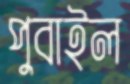
পুবাইল